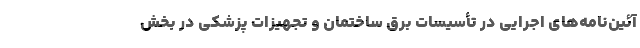
آئین‌نامه‌های اجرایی در تأسیسات برق ساختمان و تجهیزات پزشکی در بخش